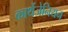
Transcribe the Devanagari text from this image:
कार्थेजेनियन